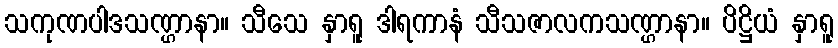
သကုဏပါဒသဏ္ဌာနာ။ သီသေ နှာရူ ဒါရကာနံ သီသဇာလကသဏ္ဌာနာ။ ပိဋ္ဌိယံ နှာရူ